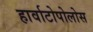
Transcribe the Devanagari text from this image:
हार्वाटोपोलोस